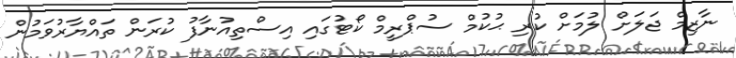
ނާޒިމް ޖަލަށް ލުމަށް ކުރި ޙުކުމް ސުޕްރީމް ކޯޓުގައި އިސްތިއުނާފު ކުރަން ތައްޔާރުވަމުން